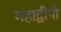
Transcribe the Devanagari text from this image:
महाद्वीपो